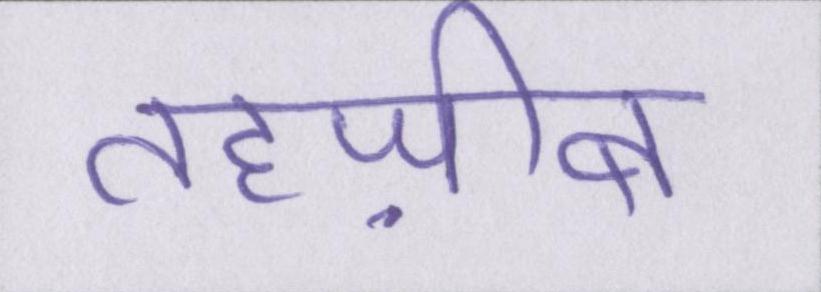
तहज़ीब